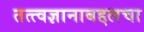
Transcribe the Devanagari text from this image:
तत्त्वज्ञानाबद्दलचा